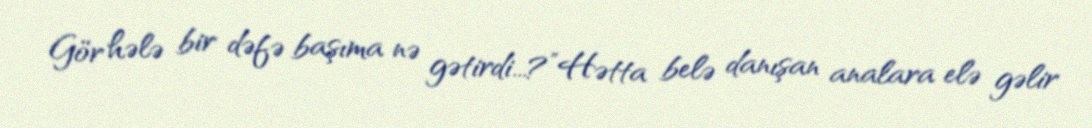
Gör hələ bir dəfə başıma nə gətirdi...?”Hətta belə danışan analara elə gəlir